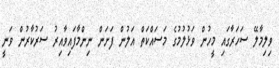
ވިލިމާލޭ ސަހަރާގައި މީހުން ވަޅުލުމުގެ މަސައްކަތް އަލުން ފަށަން ނިންމާފައިވާއިރު ސަރުކާރުން ވަނީ